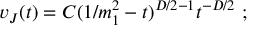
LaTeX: v _ { J } ( t ) = C ( 1 / m _ { 1 } ^ { 2 } - t ) ^ { D / 2 - 1 } t ^ { - D / 2 } \ ;